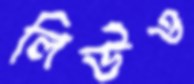
লিউও